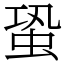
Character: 蛩